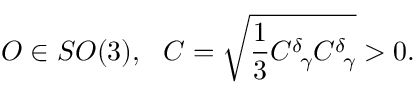
O \in S O ( 3 ) , \ \ C = \sqrt { \frac 1 3 C _ { \ \gamma } ^ { \delta } C _ { \ \gamma } ^ { \delta } } > 0 .